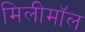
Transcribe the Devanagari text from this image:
मिलीमॉल